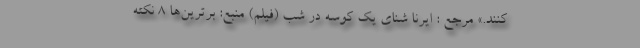
کنند.» مرجع : ایرنا شنای یک کوسه در شب (فیلم) منبع: برترین‌ها ۸ نکته